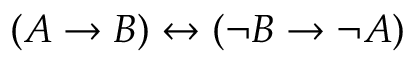
( A \to B ) \leftrightarrow ( \neg B \to \neg A )